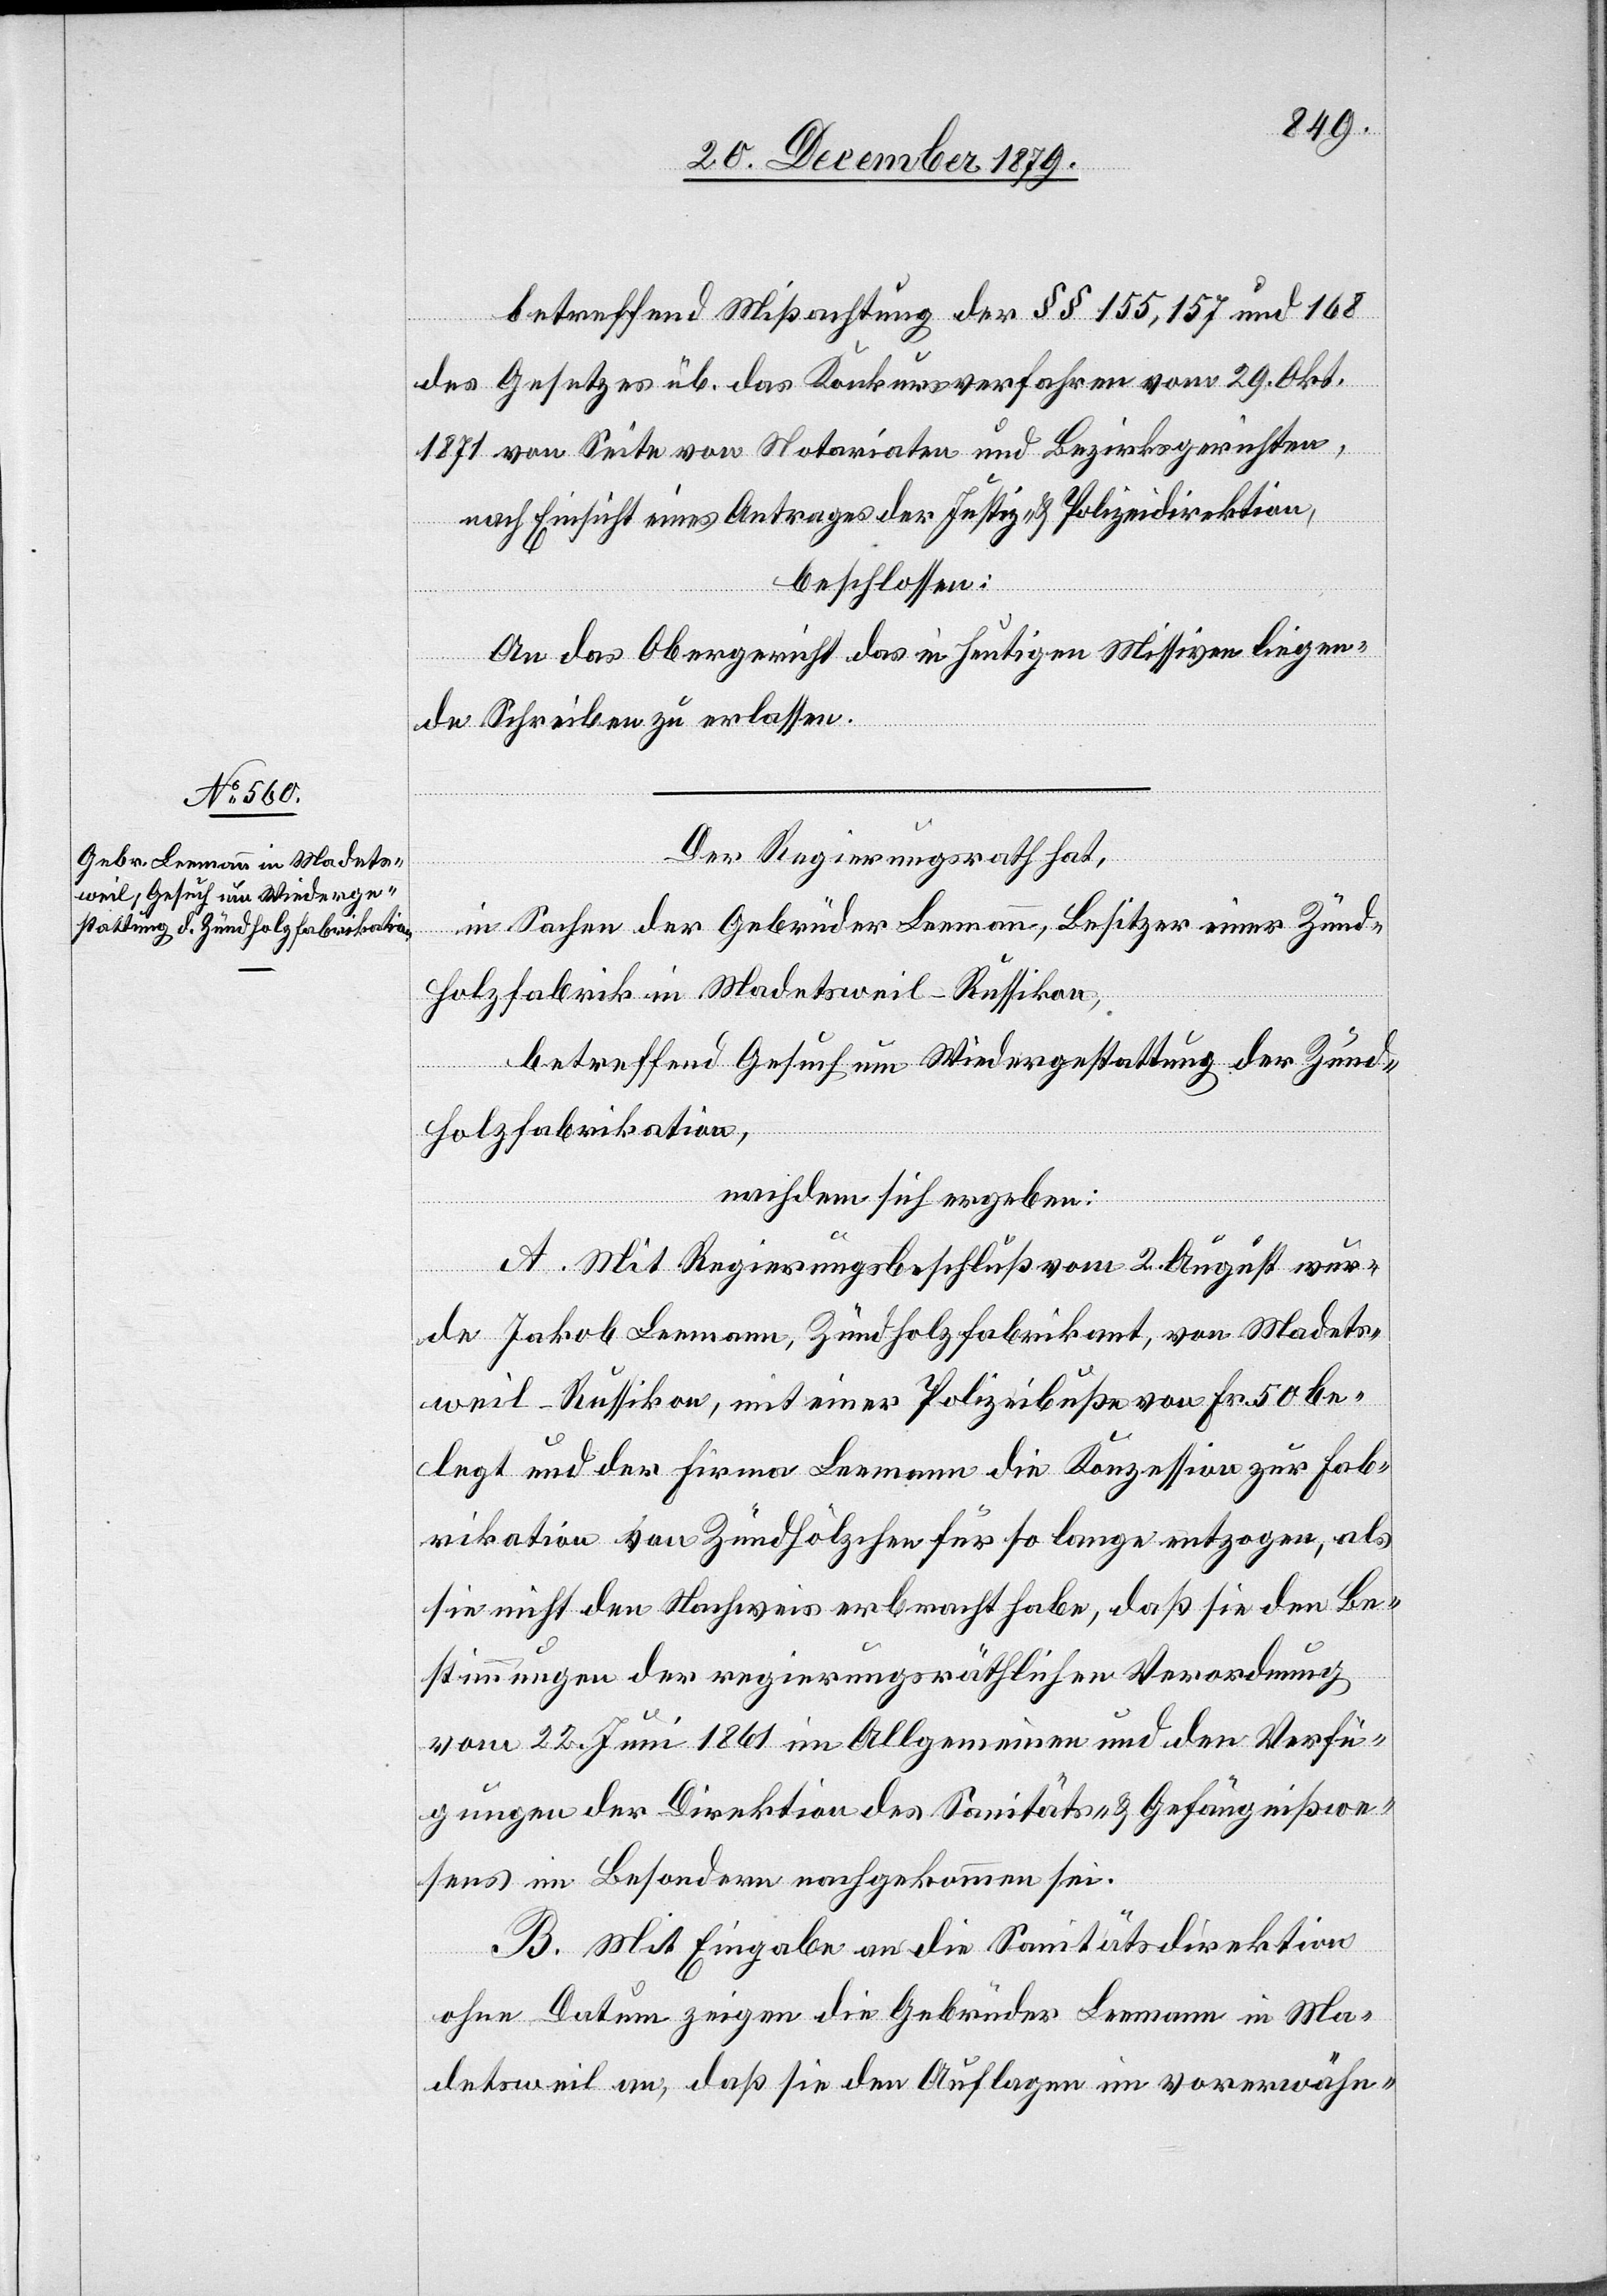
betreffend Mißachtung der §§ 155, 157 und 168
des Gesetzes üb. das Konkursverfahren vom 29. Okt.
1871 von Seite von Notariaten und Bezirksgerichten,
nach Einsicht eines Antrages der Justiz- & Polizeidirektion,
beschlossen:
An das Obergericht das in heutigen Missiven liegen¬
de Schreiben zu erlassen.
Der Regierungsrath hat,
in Sachen der Gebrüder Leemann, Besitzer einer Zünd¬
holzfabrik in Madetsweil - Russikon,
betreffend Gesuch um Widergestattung der Zünd¬
holzfabrikation,
nachdem sich ergeben:
A. Mit Regierungsbeschluß vom 2. August wur¬
de Jakob Leemann, Zündholzfabrikant, von Madets¬
weil - Russikon, mit einer Polizeibuße von Fr. 50 be¬
legt und der Firma Leemann die Konzession zur Fab¬
rikation von Zündhölzchen für so lange entzogen, als
sie nicht den Nachweis erbracht haben, daß sie den Be¬
stimmungen der regierungsräthlichen Verordnung
vom 22. Juni 1861 im Allgemeinen und den Verfü¬
gungen der Direktion des Sanitäts- & Gefängnißwe¬
sens im Besondern nachgekommen sei.
B. Mit Eingabe an die Sanitätsdirektion
ohne Datum zeigen die Gebrüder Leemann in Ma¬
detsweil an, daß sie den Auflagen im vorerwähn-